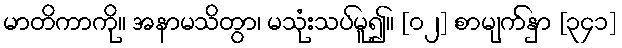
မာတိကာကို။ အနာမသိတွာ၊ မသုံးသပ်မူ၍။ [၀၂] စာမျက်နှာ [၃၄၁]